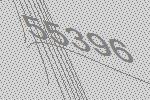
55396